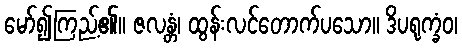
မော်၍ကြည့်၏။ ဇလန္တံ၊ ထွန်းလင်တောက်ပသော။ ဒိပရုက္ခံဝ၊